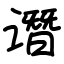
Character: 谮